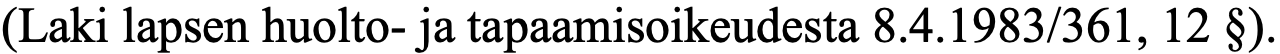
(Laki lapsen huolto- ja tapaamisoikeudesta 8.4.1983/361, 12 §).